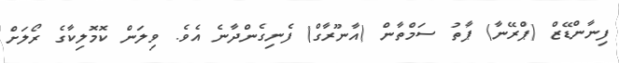
ފިނާންޑޭޒް (ޕްރޭނާ) ޕާތު ސަމްތާން (އާނޫރާގް) ފެނިގެންދާނެ އެވެ. ވިލަން ކޮމޮލިކާގެ ރޯލަށް